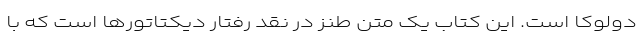
دولوکا است. این کتاب یک متن طنز در نقد رفتار دیکتاتورها است که با